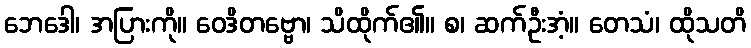
ဘေဒေါ၊ အပြားကို။ ဝေဒိတဗ္ဗော၊ သိထိုက်၏။ စ၊ ဆက်ဦးအံ့။ တေသံ၊ ထိုသတိ